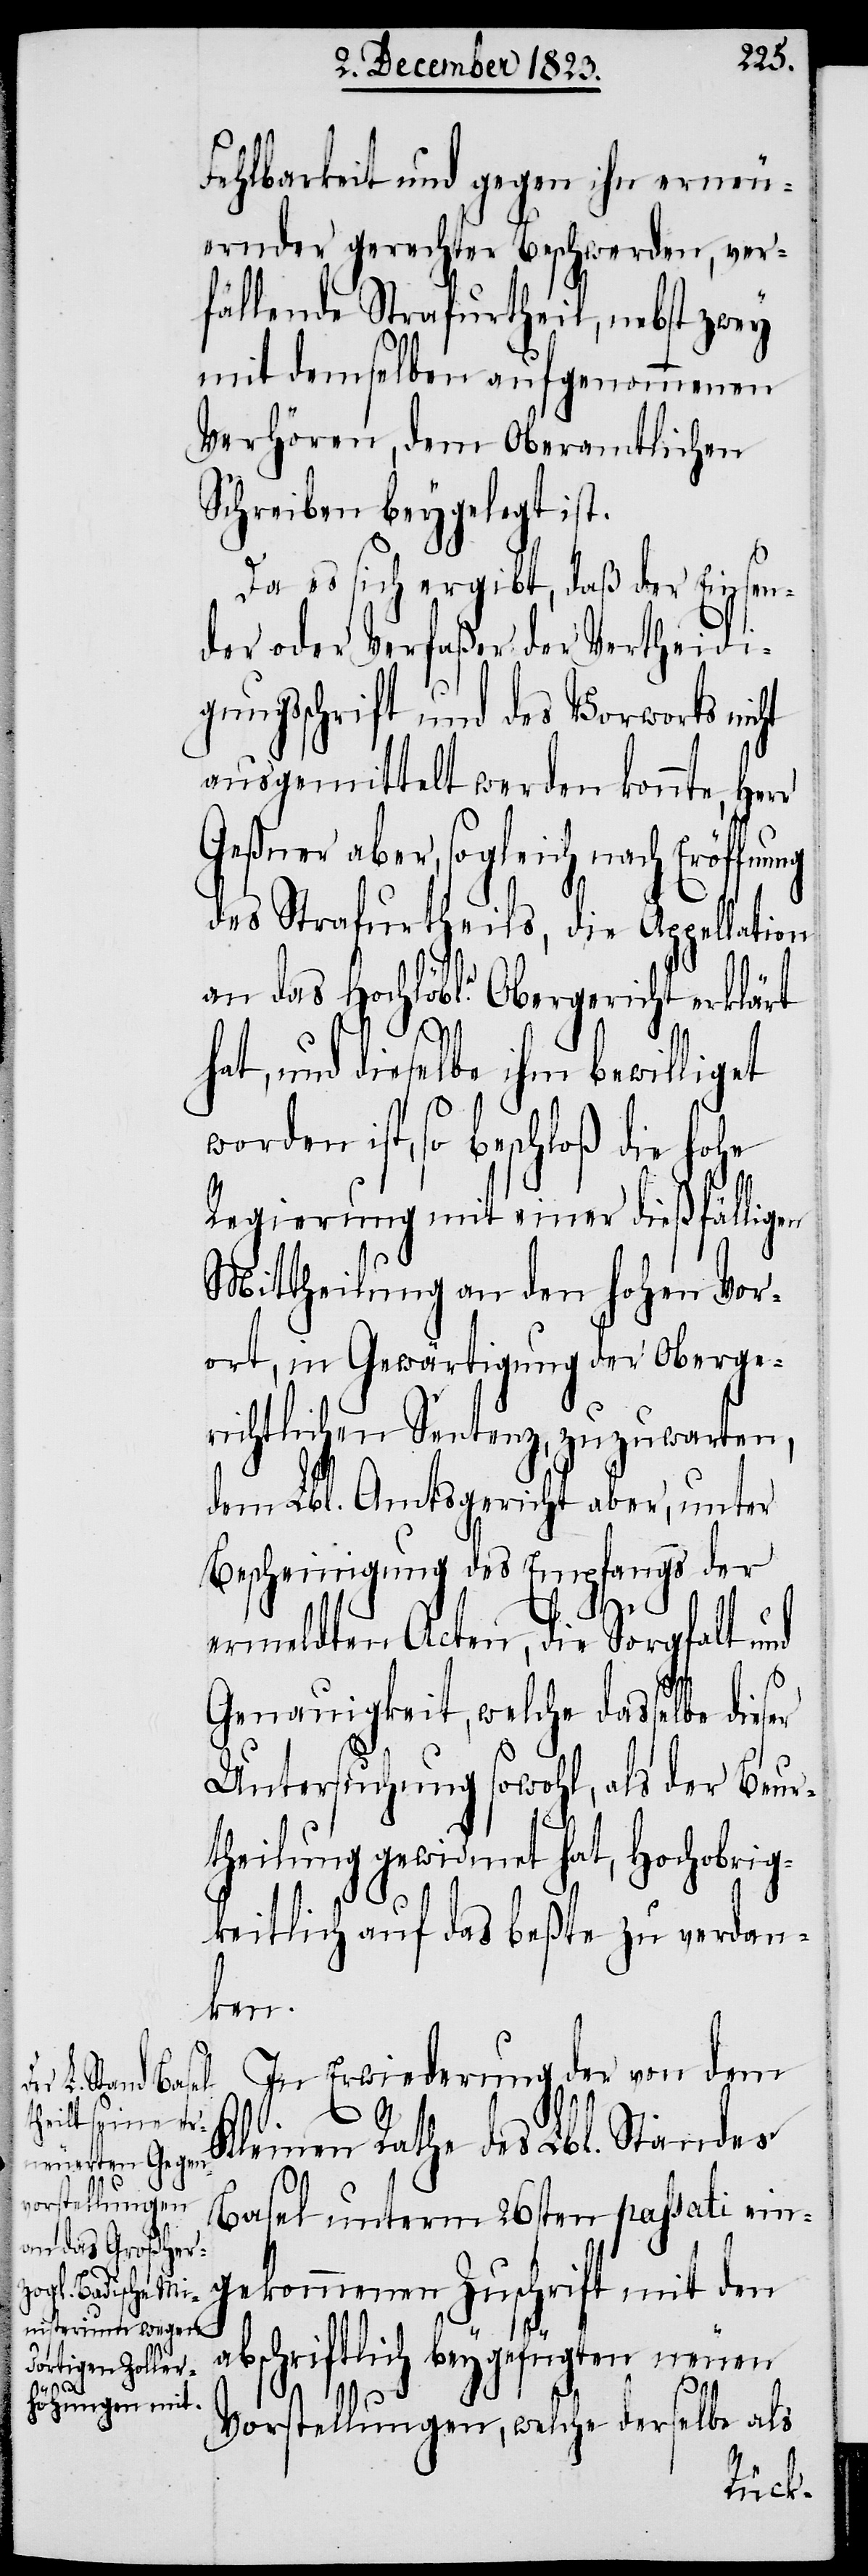
hat,

Fehlbarkeit und gegen ihn erneu¬
ernder gerechter Beschwerden, ver¬
fällende Strafurtheil, nebst zwey
mit demselben aufgenommenen
Verhören, dem oberamtlichen
Schreiben beygelegt ist.
Da es sich ergibt, daß der Einsen¬
der oder Verfaßer der Vertheidi¬
gungsschrift und des Vorworts nicht
ausgemittelt werden konnte, Her¬
Geßner aber, sogleich nach Eröffn¬
des Strafurtheils, die Appellation
an das Hochlöbl.e Obergericht erklärt
und dieselbe ihm bewilliget
worden ist, so beschloß die hohe
Regierung mit einer dießfälligen
Mittheilung an den hohen Vor¬
ort, in Gewärtigung der oberge¬
richtlichen Sentenz, zuzuwarten,
dem Lbl. Amtsgericht aber, unter
Bescheinigung des Empfangs der
ermeldten Acten, die Sorgfalt und
Genauigkeit, welche dasselbe
Untersuchung sowohl, als der Beur¬
theilung gewidmet hat, Hochobrig¬
keitlich auf das beßte zu verdan¬
ken.
In Erwiederung der von dem
Kleinen Rathe des Lbl. Standes
Basel unterm 26sten passati ein¬
gekommenen Zuschrift mit den
abschriftlich beygefügten neuen
Vorstellungen, welche derselbe als